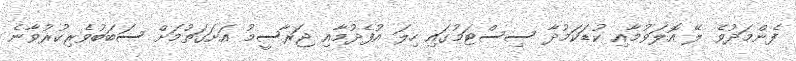
ފެންމަދުވެ ލޭ އޮލަވުމާއި ކުޑަކަމުދާ ސިސްޓަމުގައި ހިލަ އުފެދުމާއި ޖަރާސީމު އަށަގަތުމަށް ސަބަބުވެރިކުރުވާނެ